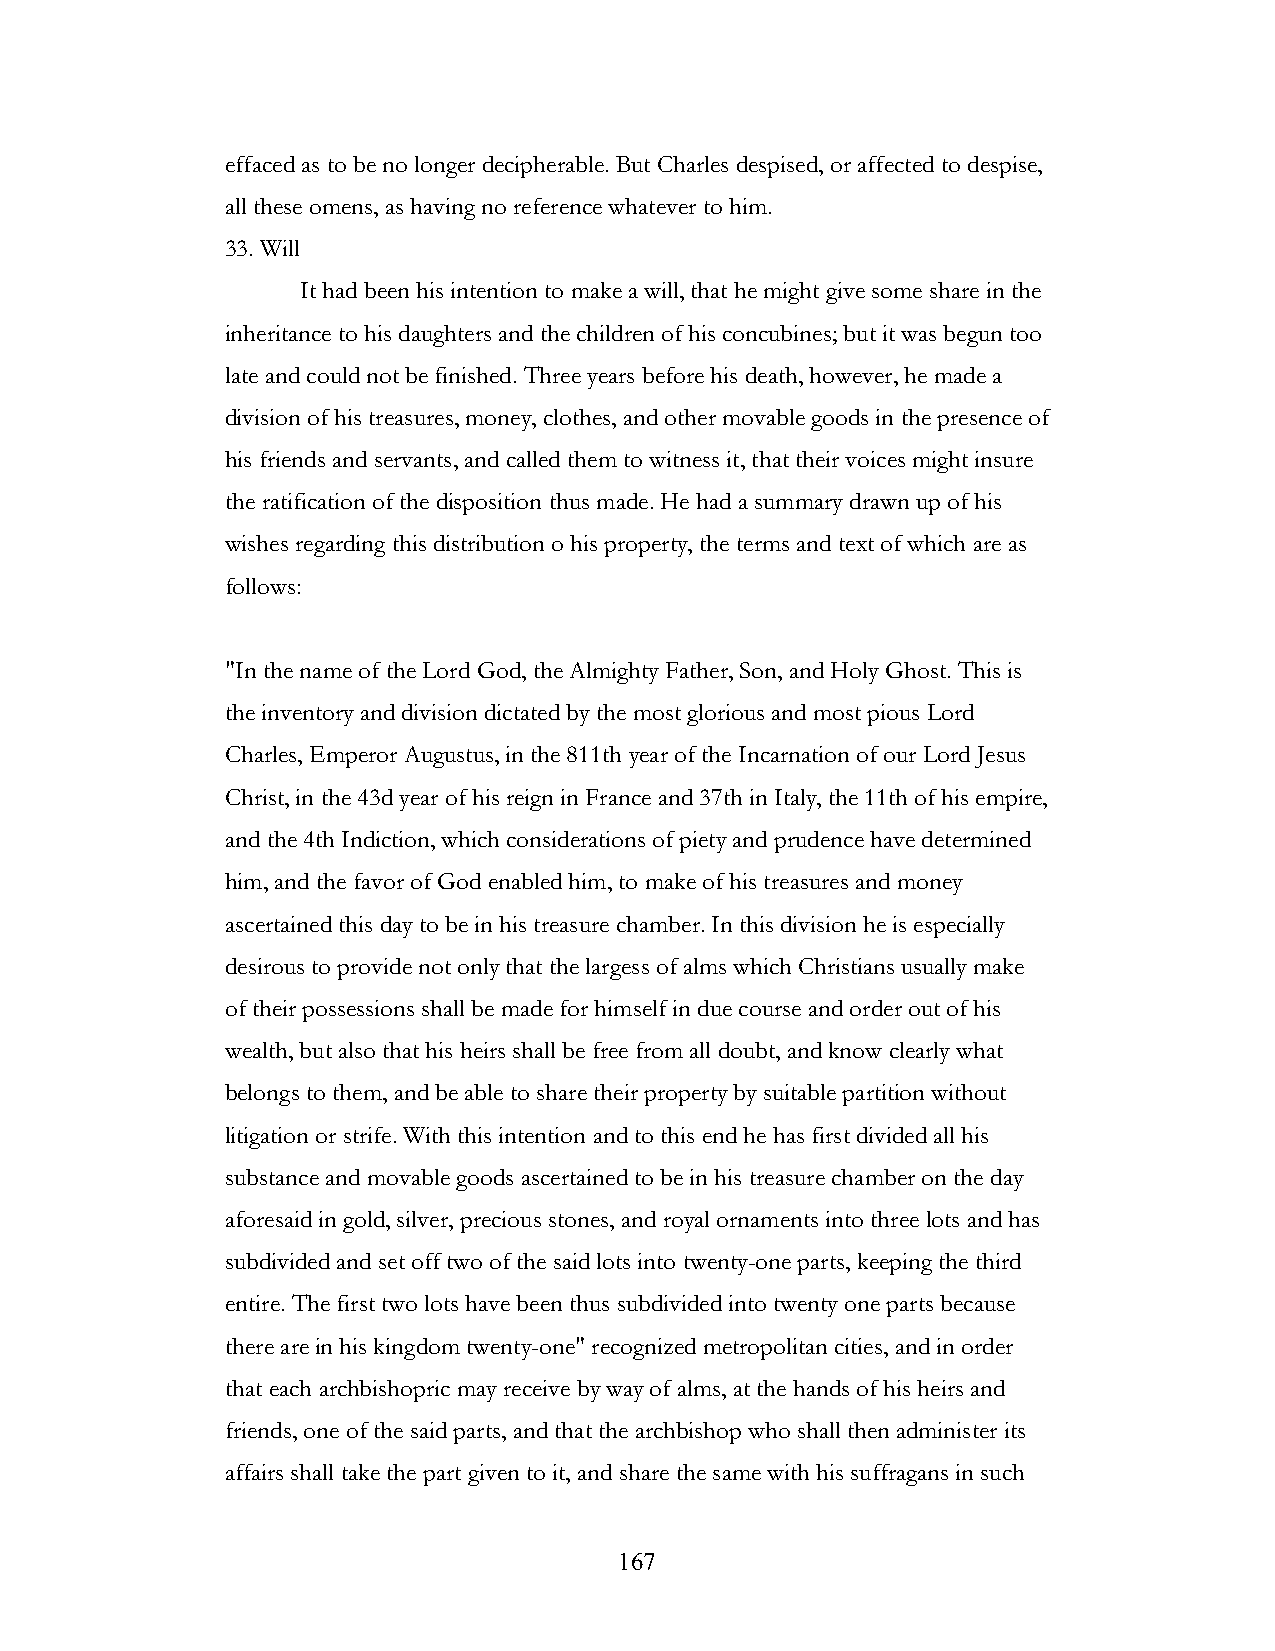
effaced as to be no longer decipherable. But Charles despised, or affected to despise,
 all these omens, as having no reference whatever to him.
 33. Will
 It had been his intention to make a will, that he might give some share in the
 inheritance to his daughters and the children of his concubines; but it was begun too
 late and could not be finished. Three years before his death, however, he made a
 division of his treasures, money, clothes, and other movable goods in the presence of
 his friends and servants, and called them to witness it, that their voices might insure
 the ratification of the disposition thus made. He had a summary drawn up of his
 wishes regarding this distribution o his property, the terms and text of which are as
 follows:
 "In the name of the Lord God, the Almighty Father, Son, and Holy Ghost. This is
 the inventory and division dictated by the most glorious and most pious Lord
 Charles, Emperor Augustus, in the 811th year of the Incarnation of our Lord Jesus
 Christ, in the 43d year of his reign in France and 37th in Italy, the 11th of his empire,
 and the 4th Indiction, which considerations of piety and prudence have determined
 him, and the favor of God enabled him, to make of his treasures and money
 ascertained this day to be in his treasure chamber. In this division he is especially
 desirous to provide not only that the largess of alms which Christians usually make
 of their possessions shall be made for himself in due course and order out of his
 wealth, but also that his heirs shall be free from all doubt, and know clearly what
 belongs to them, and be able to share their property by suitable partition without
 litigation or strife. With this intention and to this end he has first divided all his
 substance and movable goods ascertained to be in his treasure chamber on the day
 aforesaid in gold, silver, precious stones, and royal ornaments into three lots and has
 subdivided and set off two of the said lots into twenty-one parts, keeping the third
 entire. The first two lots have been thus subdivided into twenty one parts because
 there are in his kingdom twenty-one" recognized metropolitan cities, and in order
 that each archbishopric may receive by way of alms, at the hands of his heirs and
 friends, one of the said parts, and that the archbishop who shall then administer its
 affairs shall take the part given to it, and share the same with his suffragans in such
 !                         167